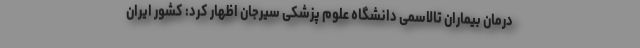
درمان بیماران تالاسمی دانشگاه علوم پزشکی سیرجان اظهار کرد: کشور ایران